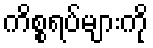
ကိစ္စရပ်များကို